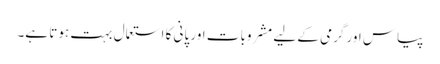
پیاس اور گرمی کے لیے مشروبات اور پانی کا استعمال بہت ہوتا ہے۔